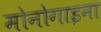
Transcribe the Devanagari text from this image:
मोनोगाइना